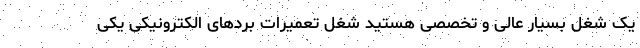
یک شغل بسیار عالی و تخصصی هستید شغل تعمیرات بردهای الکترونیکی یکی